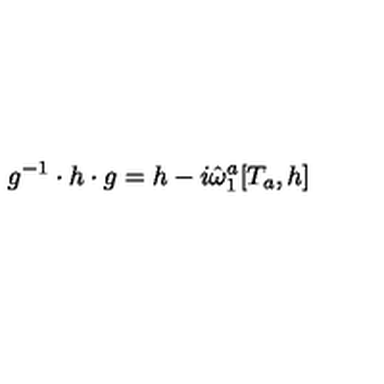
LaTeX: g ^ { - 1 } \cdot h \cdot g = h - i \hat { \omega } _ { 1 } ^ { a } [ T _ { a } , h ]